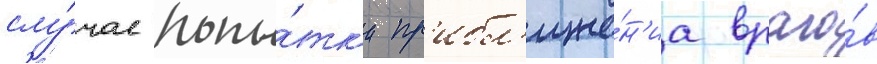
слу́чае попы́тк'и пр'ибл'иже́н'иа враго́в